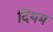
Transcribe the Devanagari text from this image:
दियम